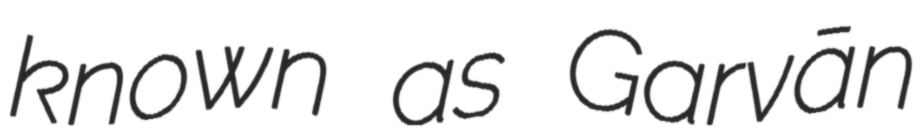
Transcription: known as Garvān